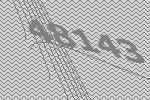
48143